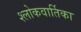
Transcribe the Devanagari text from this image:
श्लोकवार्तिका